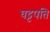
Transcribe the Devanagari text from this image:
घट्टपति